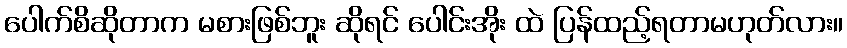
ပေါက်စိဆိုတာက မစားဖြစ်ဘူး ဆိုရင် ပေါင်းအိုး ထဲ ပြန်ထည့်ရတာမဟုတ်လား။